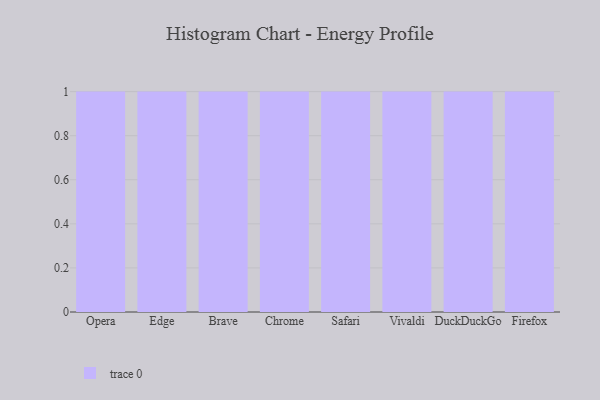
{"axis": {"x": "Browser", "y": "Revenue (USD Million)"}, "legend": [""], "data": [{"x": "Opera", "y": 62, "type": ""}, {"x": "Edge", "y": 20, "type": ""}, {"x": "Brave", "y": 79, "type": ""}, {"x": "Chrome", "y": 94, "type": ""}, {"x": "Safari", "y": 72, "type": ""}, {"x": "Vivaldi", "y": 15, "type": ""}, {"x": "DuckDuckGo", "y": 32, "type": ""}, {"x": "Firefox", "y": 57, "type": ""}]}